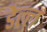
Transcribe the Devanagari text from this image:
डेल्ल